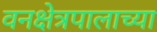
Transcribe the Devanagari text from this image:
वनक्षेत्रपालाच्या